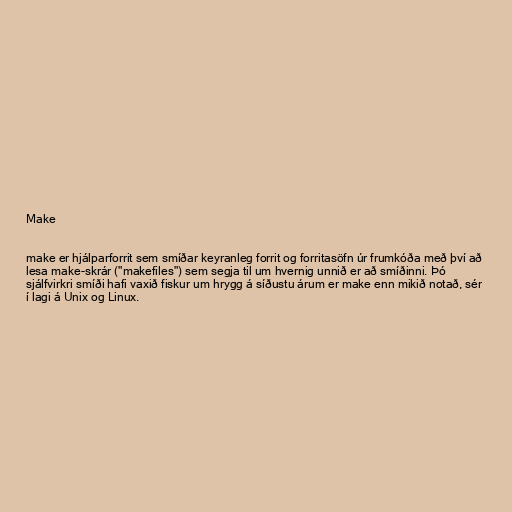
Make

make er hjálparforrit sem smíðar keyranleg forrit og forritasöfn úr frumkóða með því að
lesa make-skrár ("makefiles") sem segja til um hvernig unnið er að smíðinni. Þó
sjálfvirkri smíði hafi vaxið fiskur um hrygg á síðustu árum er make enn mikið notað, sér
í lagi á Unix og Linux.